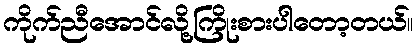
ကိုက်ညီအောင်လို့ကြိုးစားပါတော့တယ်။